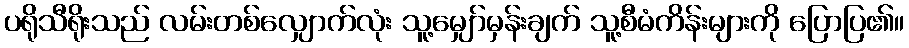
ပရိုသီရိုးသည် လမ်းတစ်လျှောက်လုံး သူ့မျှော်မှန်းချက် သူ့စီမံကိန်းများကို ပြောပြ၏။